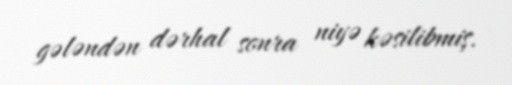
gələndən dərhal sonra niyə kəsilibmiş.